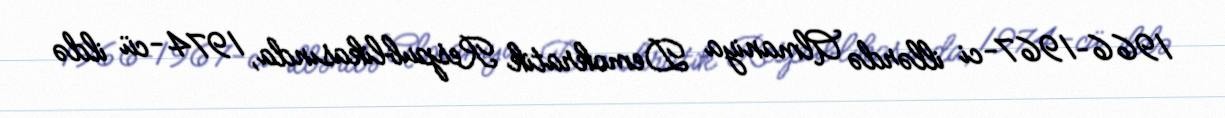
1966–1967-ci illərdə Almaniya Demokratik Respublikasında, 1974-cü ildə